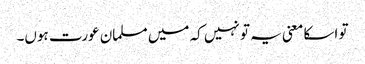
تو اسکا معنی یہ تو نہیں کہ میں مسلمان عورت ہوں۔